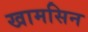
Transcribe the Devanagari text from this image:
खामसिन